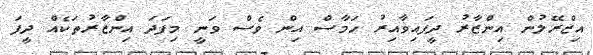
އިޒްރޭލުން އިންޒާރު ދީފައިވާއިރު ހަމާސް އިން ވެސް ވަނީ މިފަދަ އިންޒާރުތަކެއް ދީފަ